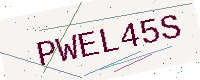
Text: PWEL45S